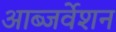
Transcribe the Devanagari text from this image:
आब्जर्वेशन